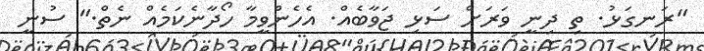
"ރަނގަޅު. ތި ދިނީ ވަރަށް ސަޅި ޖަވާބެއް. އެހެންވީމާ ހޯދާނެކަމެއް ނެތް." ސުނީ